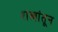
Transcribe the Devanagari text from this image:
शस्त्रांतून